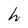
Character: h